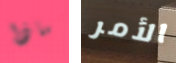
ماذا الأمر